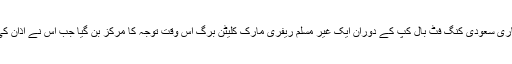
عرب میڈیا کے مطابق مملکت میں جاری سعودی کنگ فٹ بال کپ کے دوران ایک غیر مسلم ریفری مارک کلیٹن برگ اس وقت توجہ کا مرکز بن گیا جب اس نے اذان کی ا?واز سنتے ہی میچ میں وقفہ کردیا۔